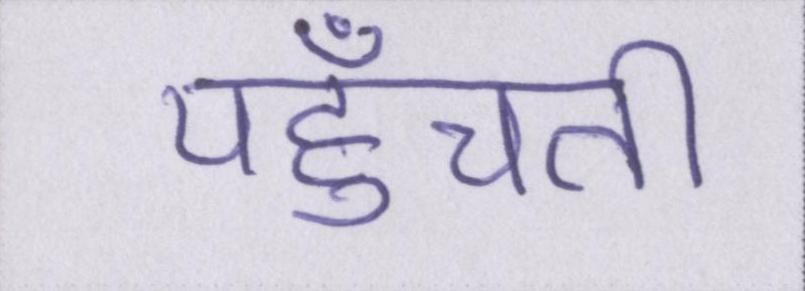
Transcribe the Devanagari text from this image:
पहुँचती